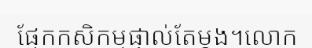
ផ្នែកកសិកម្មផ្ទាល់តែម្តង។លោក